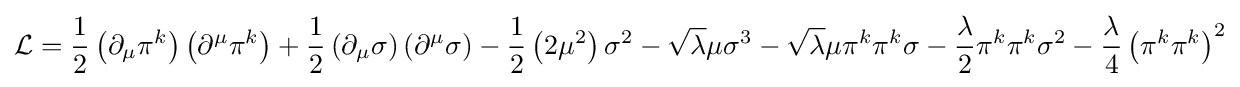
{\mathcal {L}}={\frac {1}{2}}\left(\partial _{\mu }\pi ^{k}\right)\left(\partial ^{\mu }\pi ^{k}\right)+{\frac {1}{2}}\left(\partial _{\mu }\sigma \right)\left(\partial ^{\mu }\sigma \right)-{\frac {1}{2}}\left(2\mu ^{2}\right)\sigma ^{2}-{\sqrt {\lambda }}\mu \sigma ^{3}-{\sqrt {\lambda }}\mu \pi ^{k}\pi ^{k}\sigma -{\frac {\lambda }{2}}\pi ^{k}\pi ^{k}\sigma ^{2}-{\frac {\lambda }{4}}\left(\pi ^{k}\pi ^{k}\right)^{2}